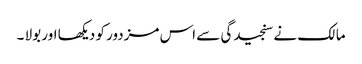
مالک نے سنجیدگی سے اس مزدور کو دیکھا اور بولا ۔